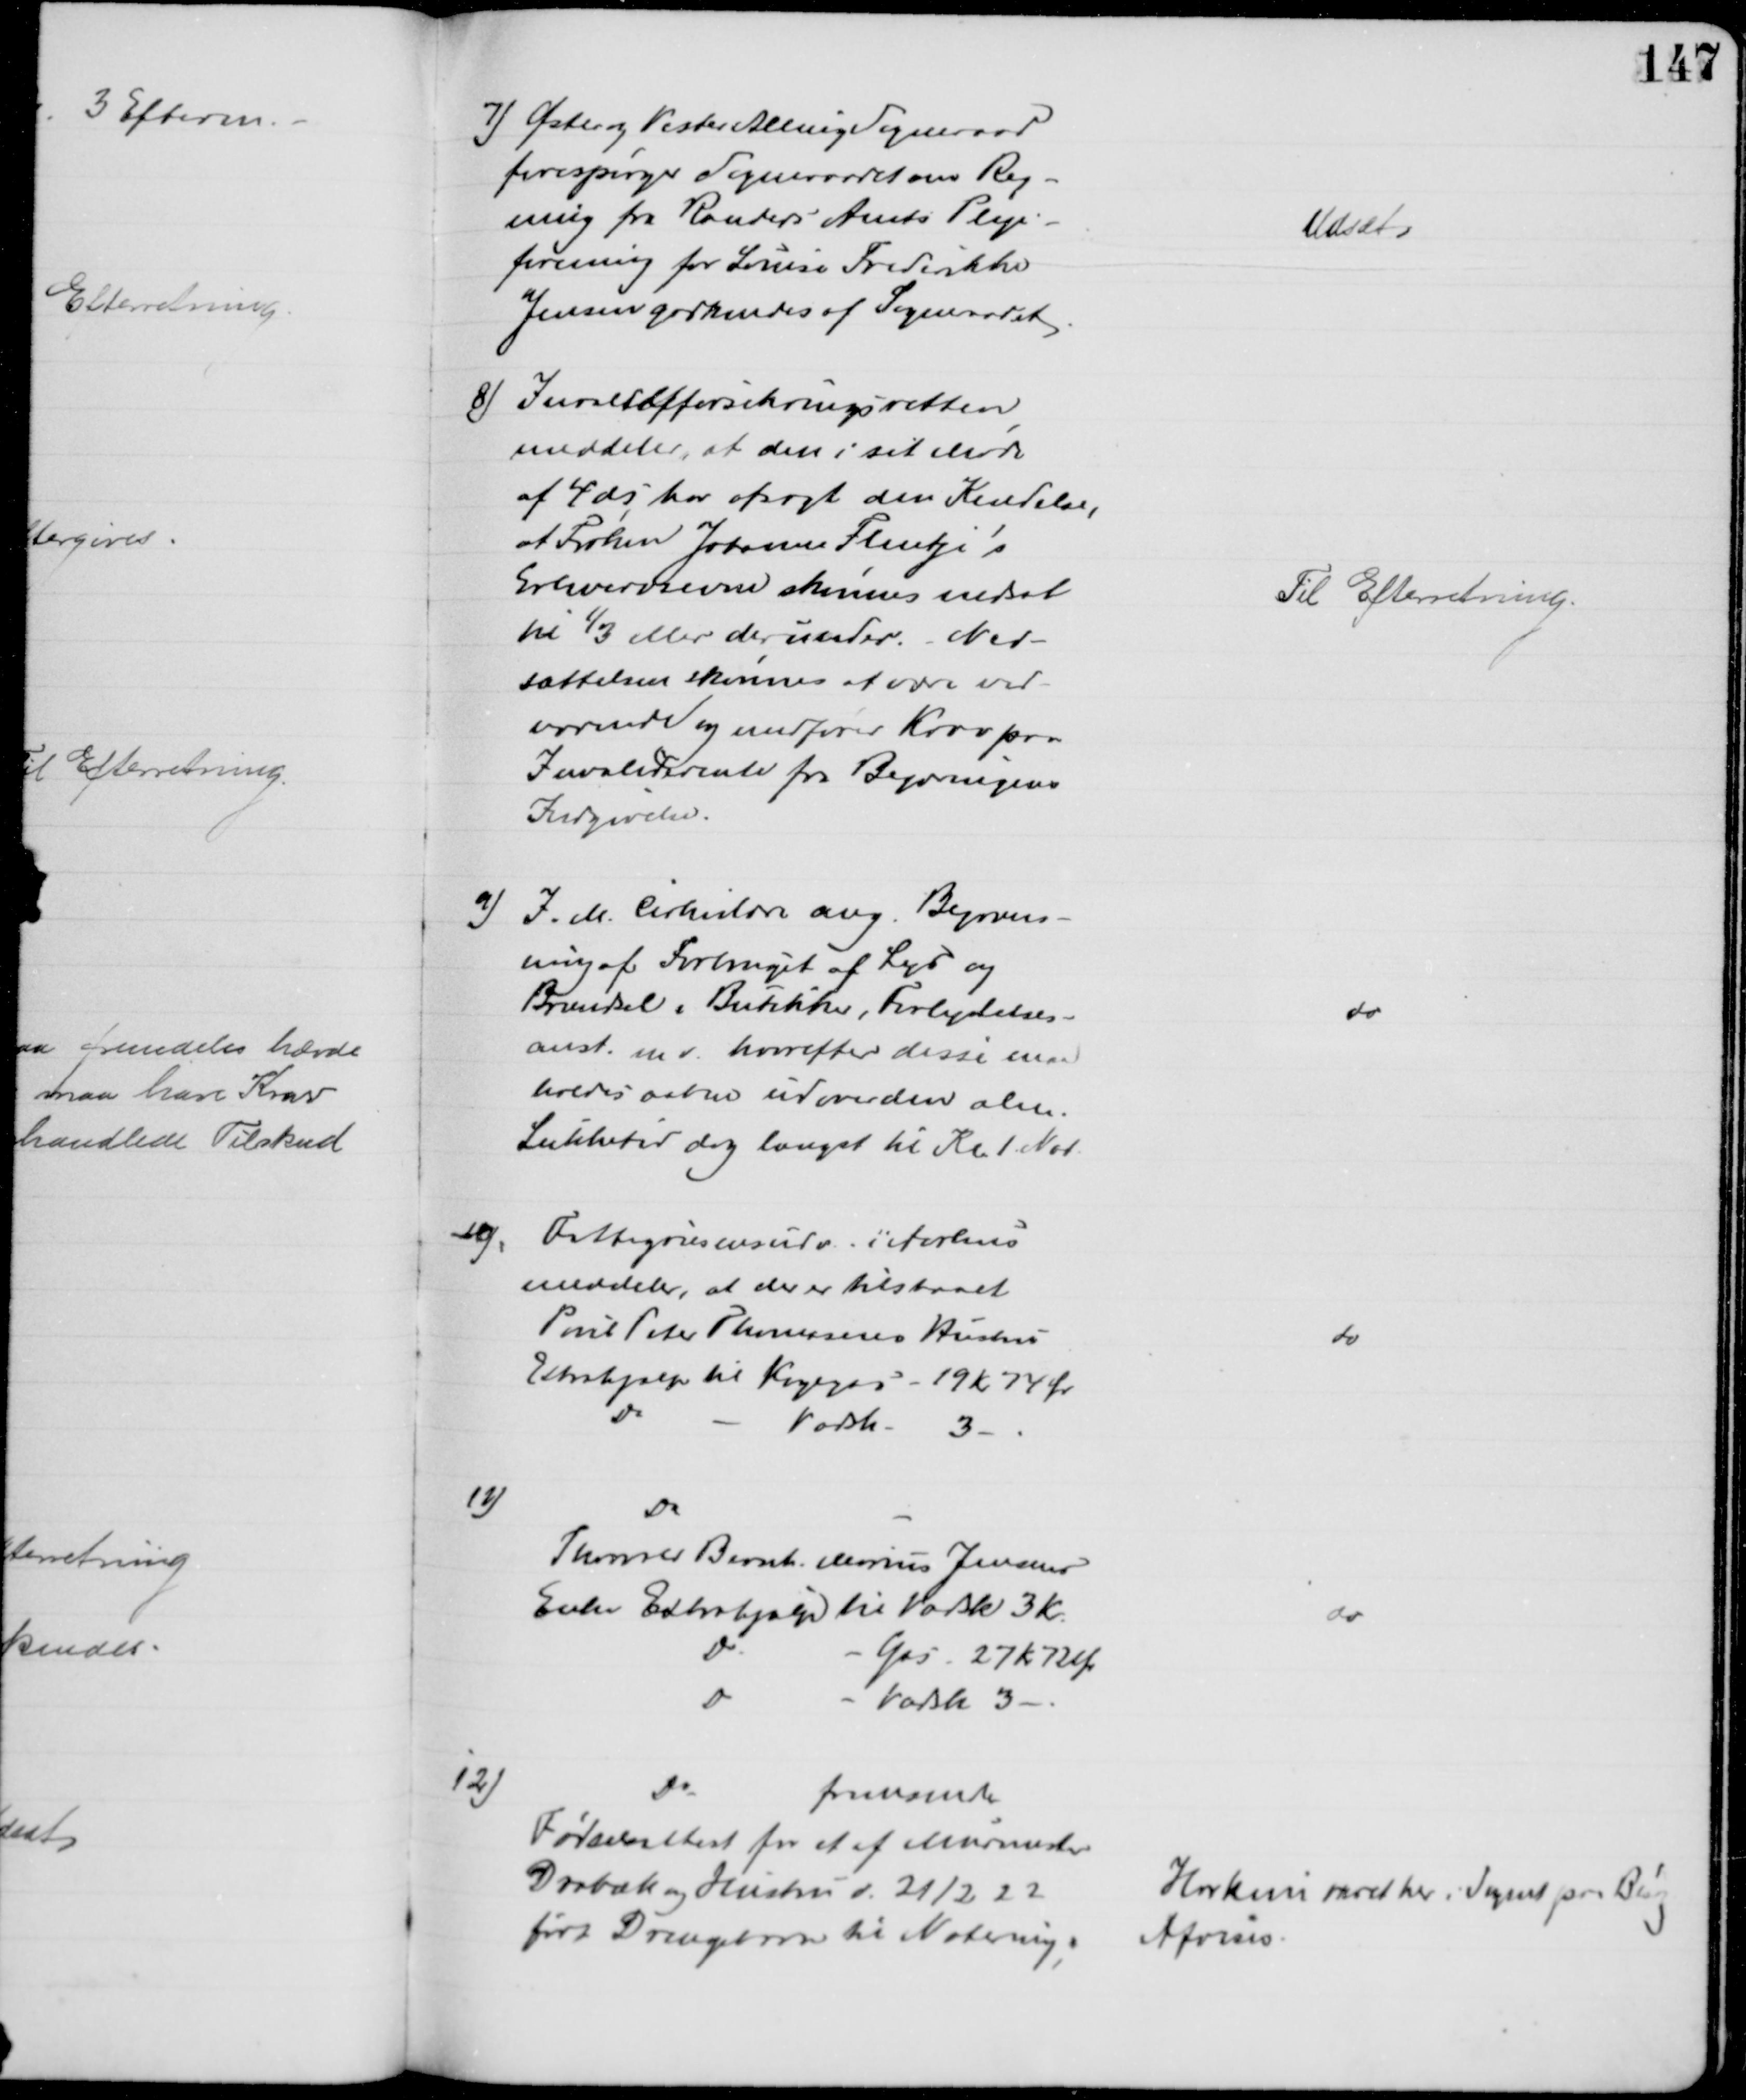
Transskription:
7) Øster og Vester Alling Sogneraad
forespørger Sogneraadet om Reg-
ning fra Randers Amts Pleje-
forening for Louise Frederikke
Jensen godkendes af Sogneraadet
Udsat
8) Invalideforsikringsretten
meddeler, at den i sit Møde
af 4 ds har afsagt den Kendelse,
at Frøken Johanne Flentje's
Erhvervsevne skønnes nedsat
til ⅓ eller derunder. Ned-
sættelsen skønnes at være ved-
varende og medfører Krav paa
Invaliderente fra Begæringens
Indgivelse
Til Efterretning
9)
I. M. Cirkulære ang. Begræns-
ning af Forbruget af Lys og
Brændsel i Butikker, Forlystelses-
anst. m.v. hvorefter disse maa 
holdes aabne udover den alm.
Lukketid dog længst til Kl. 1. Nat
do
10)
Fattigvæsensudv. i Aarhus
meddeler, at der er tilstaaet
Poul Peter Thomsens Hustru
Extrahjælp til Kogegas 19 Kr 74 Ør
Do
Vadsk
3
do
12)
Do
Thorvald Bernh. Marius Jensens
Enke Extrahjælp til Vadsk 3 Kr
Do
Gas - 27 Kr 72 Ør
Do
Vadsk 3
do
12)
Do
fremsendt
Fødselsattest for et af Murmester
Drabæk og Hustru d. 21/2 22
født Drengebarn til Notering.
Har kun været her i Sognet paa Besøg
Afvises.